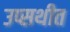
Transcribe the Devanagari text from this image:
उप्सथीत